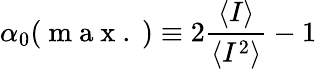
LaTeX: \alpha_{0}(\mathrm{~m~a~x~.~})\equiv 2\frac{\langle I\rangle}{\langle I^{2}\rangle}-1